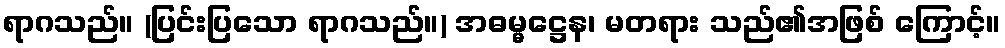
ရာဂသည်။ (ပြင်းပြသော ရာဂသည်။) အဓမ္မဋ္ဌေန၊ မတရား သည်၏အဖြစ် ကြောင့်။